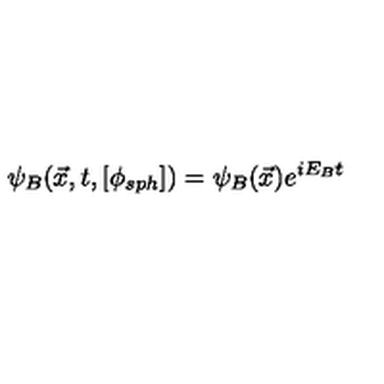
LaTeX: \psi _ { B } ( { \vec { x } } , t , [ \phi _ { s p h } ] ) = \psi _ { B } ( \vec { x } ) e ^ { i E _ { B } t }